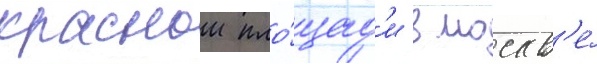
краснои пло́щад'и в москв'е́